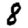
Digit: 8